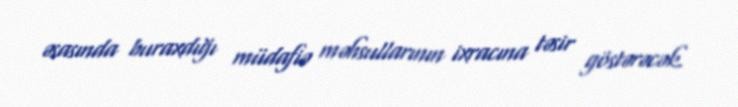
əsasında buraxdığı müdafiə məhsullarının ixracına təsir göstərəcək.